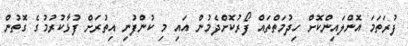
ފުރަތަމަ އޮންލައިންކޮށް ހިދުމަތްތައް ފޯރުކޮށްދެމުން އައި މި ކުންފުނި އިތުރަށް ފުޅާކުރުމުގެ ގޮތުން